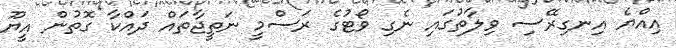
އިއްޔެ އިނގިރޭސި ވިލާތުގައި ނެގި ވޯޓުގެ ރަސްމީ ނަތީޖާތައް ދައްކާ ގޮތުން އީޔޫ